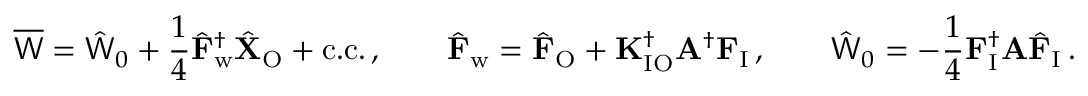
\overline { { \mathsf { W } } } = \hat { \mathsf { W } } _ { 0 } + \frac { 1 } { 4 } \hat { \mathbf { F } } _ { \mathrm { w } } ^ { \dagger } \hat { \mathbf { X } } _ { \mathrm { O } } + \mathrm { c . c . } \, , \qquad \hat { \mathbf { F } } _ { \mathrm { w } } = \hat { \mathbf { F } } _ { \mathrm { O } } + \mathbf { K } _ { \mathrm { I O } } ^ { \dagger } \mathbf { A } ^ { \dagger } \mathbf { F } _ { \mathrm { I } } \, , \qquad \hat { \mathsf { W } } _ { 0 } = - \frac { 1 } { 4 } \mathbf { F } _ { \mathrm { I } } ^ { \dagger } \mathbf { A } \hat { \mathbf { F } } _ { \mathrm { I } } \, .